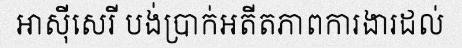
អាស៊ីសេរី បង់ប្រាក់អតីតភាពការងារដល់